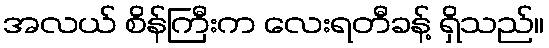
အလယ် စိန်ကြီးက လေးရတီခန့် ရှိသည်။